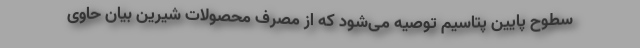
سطوح پایین پتاسیم توصیه می‌شود که از مصرف محصولات شیرین بیان حاوی